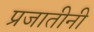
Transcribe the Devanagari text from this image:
प्रजातीनी